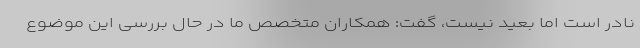
نادر است اما بعید نیست، گفت: همکاران متخصص ما در حال بررسی این موضوع